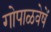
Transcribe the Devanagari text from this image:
गोपाळवेषें